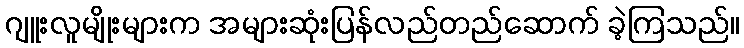
ဂျူးလူမျိုးများက အများဆုံးပြန်လည်တည်ဆောက် ခဲ့ကြသည်။